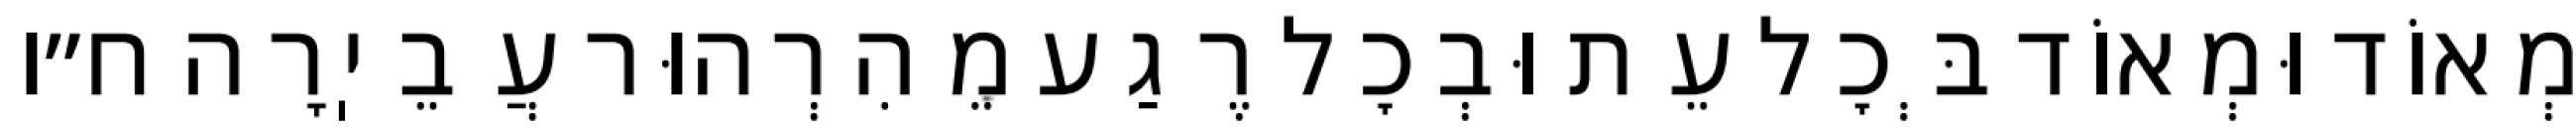
מְאוֹד וּמְאוֹד בְּכׇל עֵת וּבְכׇל רֶגַע מֵהִרְהוּר עֲבֵיֽרָה ח״ו